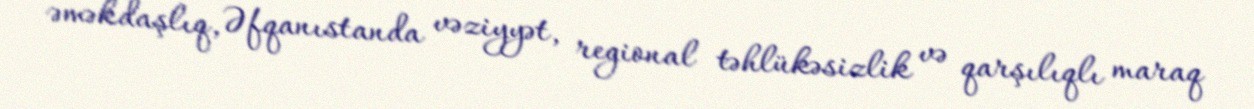
əməkdaşlıq, Əfqanıstanda vəziyyət, regional təhlükəsizlik və qarşılıqlı maraq